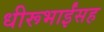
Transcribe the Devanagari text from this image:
धीरूभाईंसह